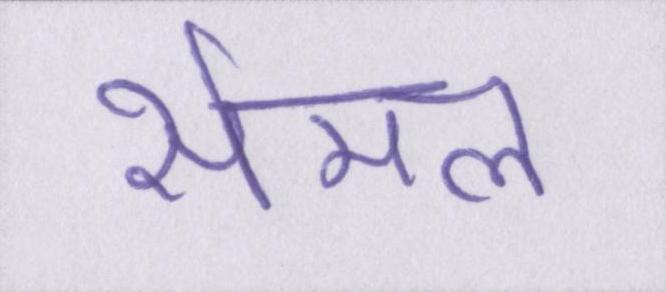
सेमल